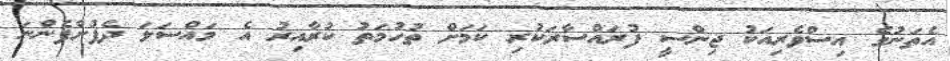
އެތަނުގެ އިސްވެރިއަކު ޖިންސީ ފުރައްސާރަކުރި ކަމަށް ތުހުމަތު ކުރާއިރު އެ މައްސަލަ ދެފުށްފެންނަ